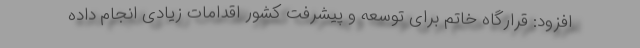
افزود: قرارگاه خاتم برای توسعه و پیشرفت کشور اقدامات زیادی انجام داده